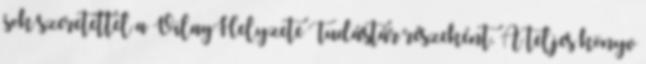
sok szeretettel a VilagHelyzete Tudástár részeként. A teljes könyv